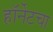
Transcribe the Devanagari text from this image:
हॉर्नेटचा